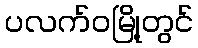
ပလက်ဝမြို့တွင်